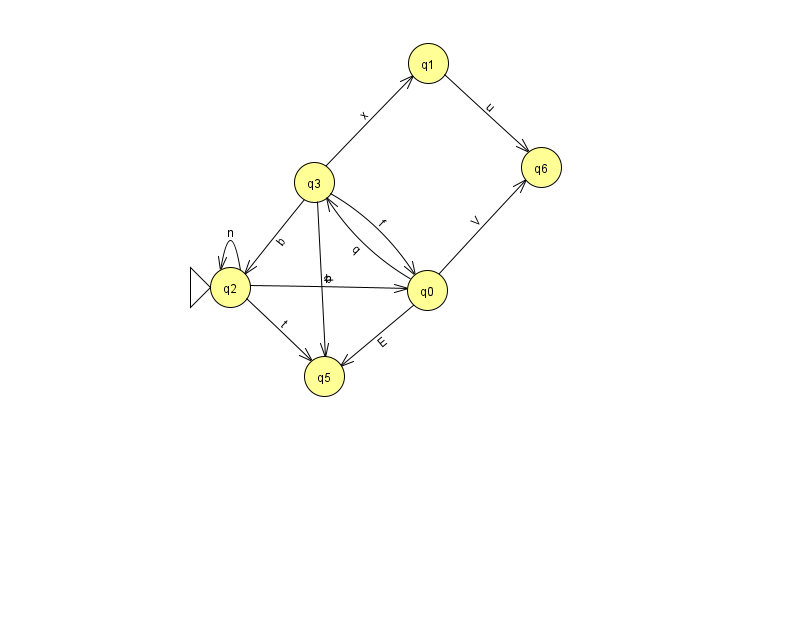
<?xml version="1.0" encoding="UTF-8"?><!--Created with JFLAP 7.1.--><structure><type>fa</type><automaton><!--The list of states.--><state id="0" name="q0"><x>427.0</x><y>277.0</y></state><state id="1" name="q1"><x>428.0</x><y>50.0</y></state><state id="2" name="q2"><x>230.0</x><y>274.0</y><initial/></state><state id="3" name="q3"><x>314.0</x><y>169.0</y></state><state id="5" name="q5"><x>324.0</x><y>363.0</y></state><state id="6" name="q6"><x>541.0</x><y>154.0</y></state><!--The list of transitions.--><transition><from>0</from><to>5</to><read>E</read></transition><transition><from>2</from><to>0</to><read>b</read></transition><transition><from>2</from><to>5</to><read>t</read></transition><transition><from>3</from><to>1</to><read>x</read></transition><transition><from>0</from><to>6</to><read>V</read></transition><transition><from>1</from><to>6</to><read>u</read></transition><transition><from>3</from><to>0</to><read>f</read></transition><transition><from>3</from><to>5</to><read>d</read></transition><transition><from>3</from><to>2</to><read>b</read></transition><transition><from>2</from><to>2</to><read>n</read></transition><transition><from>0</from><to>3</to><read>q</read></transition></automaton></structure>